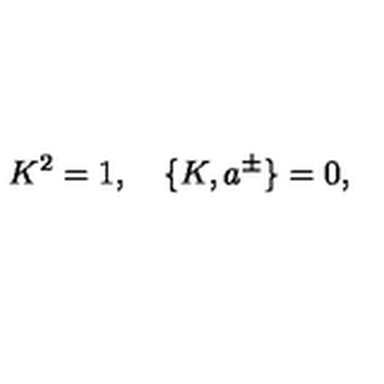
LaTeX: K ^ { 2 } = 1 , \quad \{ K , a ^ { \pm } \} = 0 ,